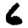
Digit: 6